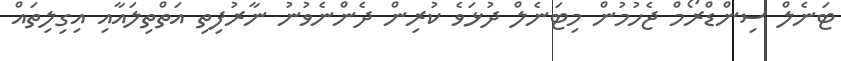
ޓަނެލް ސިންޑްރޯމް ޖެހުމުން މިޓަނެލް ދުޅަވެ ކުރިން ދެންނެވުނު ނާރުފިތި އަތްތިލައާއި އިގިލިތައް